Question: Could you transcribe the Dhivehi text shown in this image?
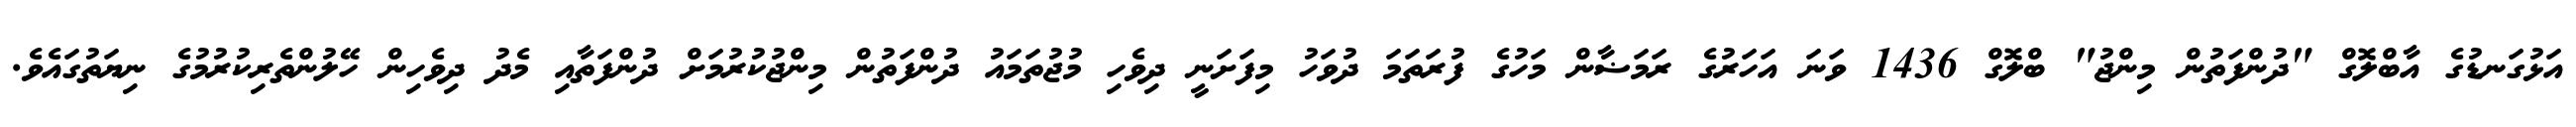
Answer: އަޅުގަނޑުގެ އާބްލޮގް "ދުންފަތުން މިންޖު" ބްލޮގް 1436 ވަނަ އަހަރުގެ ރަމަޟާން މަހުގެ ފުރަތަމަ ދުވަހު މިފަށަނީ ދިވެހި މުޖުތަމައު ދުންފަތުން މިންޖުކުރުމަށް ދުންފަތާއި މެދު ދިވެހިން ހޭލުންތެރިކުރުމުގެ ނިޔަތުގައެވެ.